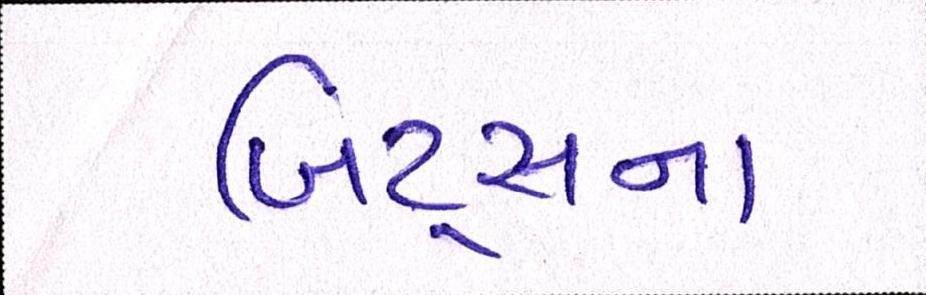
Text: બિટ્સના